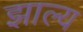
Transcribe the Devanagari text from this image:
झाल्य